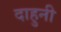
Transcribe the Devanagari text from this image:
दाहुनी